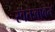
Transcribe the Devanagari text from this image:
स्वतःबाबत